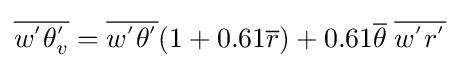
{\overline {w^{'}\theta _{v}^{'}}}={\overline {w^{'}\theta ^{'}}}(1+0.61{\overline {r}})+0.61{\overline {\theta }}\;{\overline {w^{'}r^{'}}}